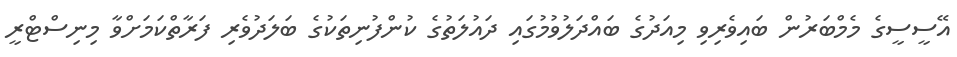
އޭސީސީގެ މެމްބަރުން ބައިވެރިވި މިއަދުގެ ބައްދަލުވުމުގައި ދައުލަތުގެ ކުންފުނިތަކުގެ ބަލަދުވެރި ފަރާތްކަމަށްވާ މިނިސްޓްރީ